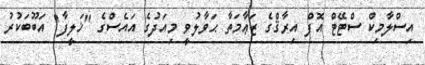
އިސްލާމިކް ސްޓޭޓް އޮފް އިރާޤްގެ ޒަޢާމަތާ ޙަވާލުވީ މިއަދުގެ އައެސްގެ "ޚަލީފާ" އަބޫބަކުރު